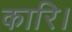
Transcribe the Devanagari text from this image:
कारि।